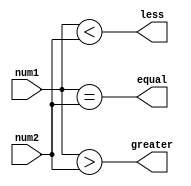
module signed_magnitude_comparator (
    input signed [7:0] num1,
    input signed [7:0] num2,
    output less,
    output equal,
    output greater
);

assign less = (num1 < num2);
assign equal = (num1 == num2);
assign greater = (num1 > num2);

endmodule